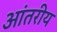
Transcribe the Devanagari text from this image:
आंतरीय